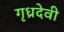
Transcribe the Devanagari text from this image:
गृध्रदेवी